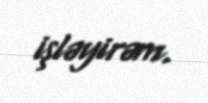
işləyirəm.